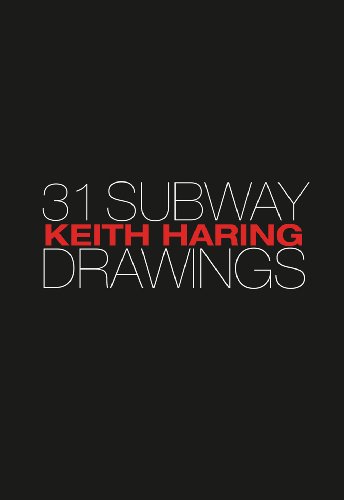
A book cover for Keith Haring 31 Subway Drawings; Jeffrey Deitch; Arts & Photography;